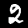
Digit: 2